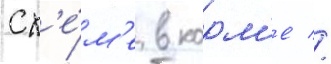
сх'е́м'е в корм'е //